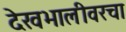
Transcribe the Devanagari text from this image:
देखभालीवरचा